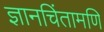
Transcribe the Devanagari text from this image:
ज्ञानचिंतामणि